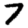
Digit: 7